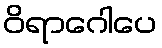
ဝိရာဂေါပေ